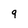
Character: 9